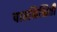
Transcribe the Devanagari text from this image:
पाठनिश्चिती